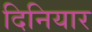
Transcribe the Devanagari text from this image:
दिनियार